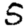
Digit: 5